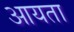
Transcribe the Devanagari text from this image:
आयता